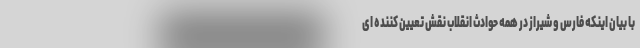
با بیان اینکه فارس و شیراز در همه حوادث انقلاب نقش تعیین کننده ای